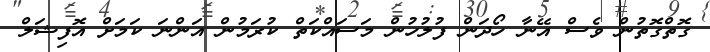
ގޮތްގޮތުން ވެސް އޭނާ ހޯދަން ފުލުހުން މަސައްކަތް ކުރަމުން އަންނަ ކަމަށް އޮފިޝަލް